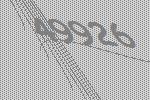
49926